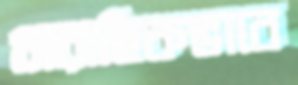
ধারাহিকভাবে